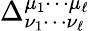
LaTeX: \Delta_{\nu_{1}\cdots\nu_{\ell}}^{\mu_{1}\cdots\mu_{\ell}}